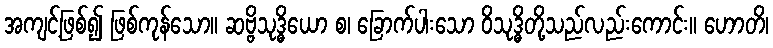
အကျင့်ဖြစ်၍ ဖြစ်ကုန်သော။ ဆဗ္ဗိသုဒ္ဓိယော စ၊ ခြောက်ပါးသော ဝိသုဒ္ဓိတို့သည်လည်းကောင်း။ ဟောတိ၊